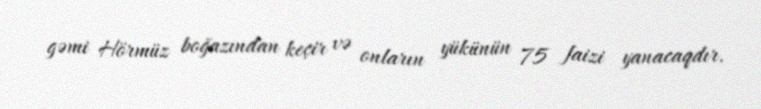
gəmi Hörmüz boğazından keçir və onların yükünün 75 faizi yanacaqdır.